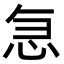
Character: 𭜣